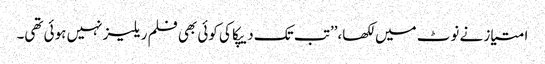
امتیاز نے نوٹ میں لکھا،’’تب تک دیپکا کی کوئی بھی فلم ریلیز نہیں ہوئی تھی۔